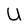
Character: U